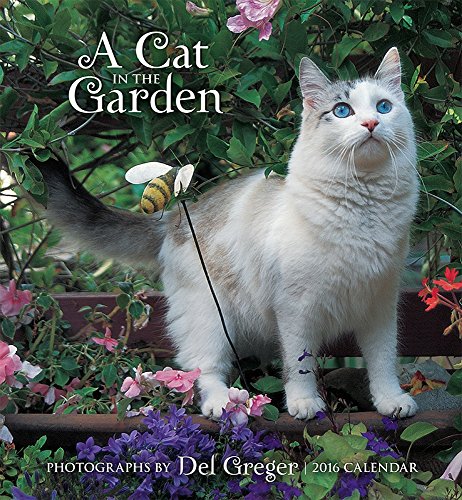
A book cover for A Cat in the Garden 2016 Calendar; Calendars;